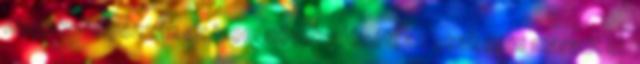
megakadályozzák az izom növekedését, az csak nem maradt el.